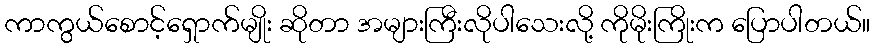
ကာကွယ်စောင့်ရှောက်မျိုး ဆိုတာ အများကြီးလိုပါသေးလို့ ကိုမိုးကြိုးက ပြောပါတယ်။